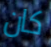
كان